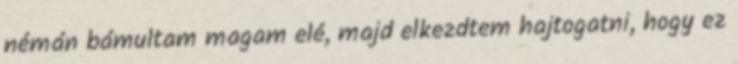
némán bámultam magam elé, majd elkezdtem hajtogatni, hogy ez